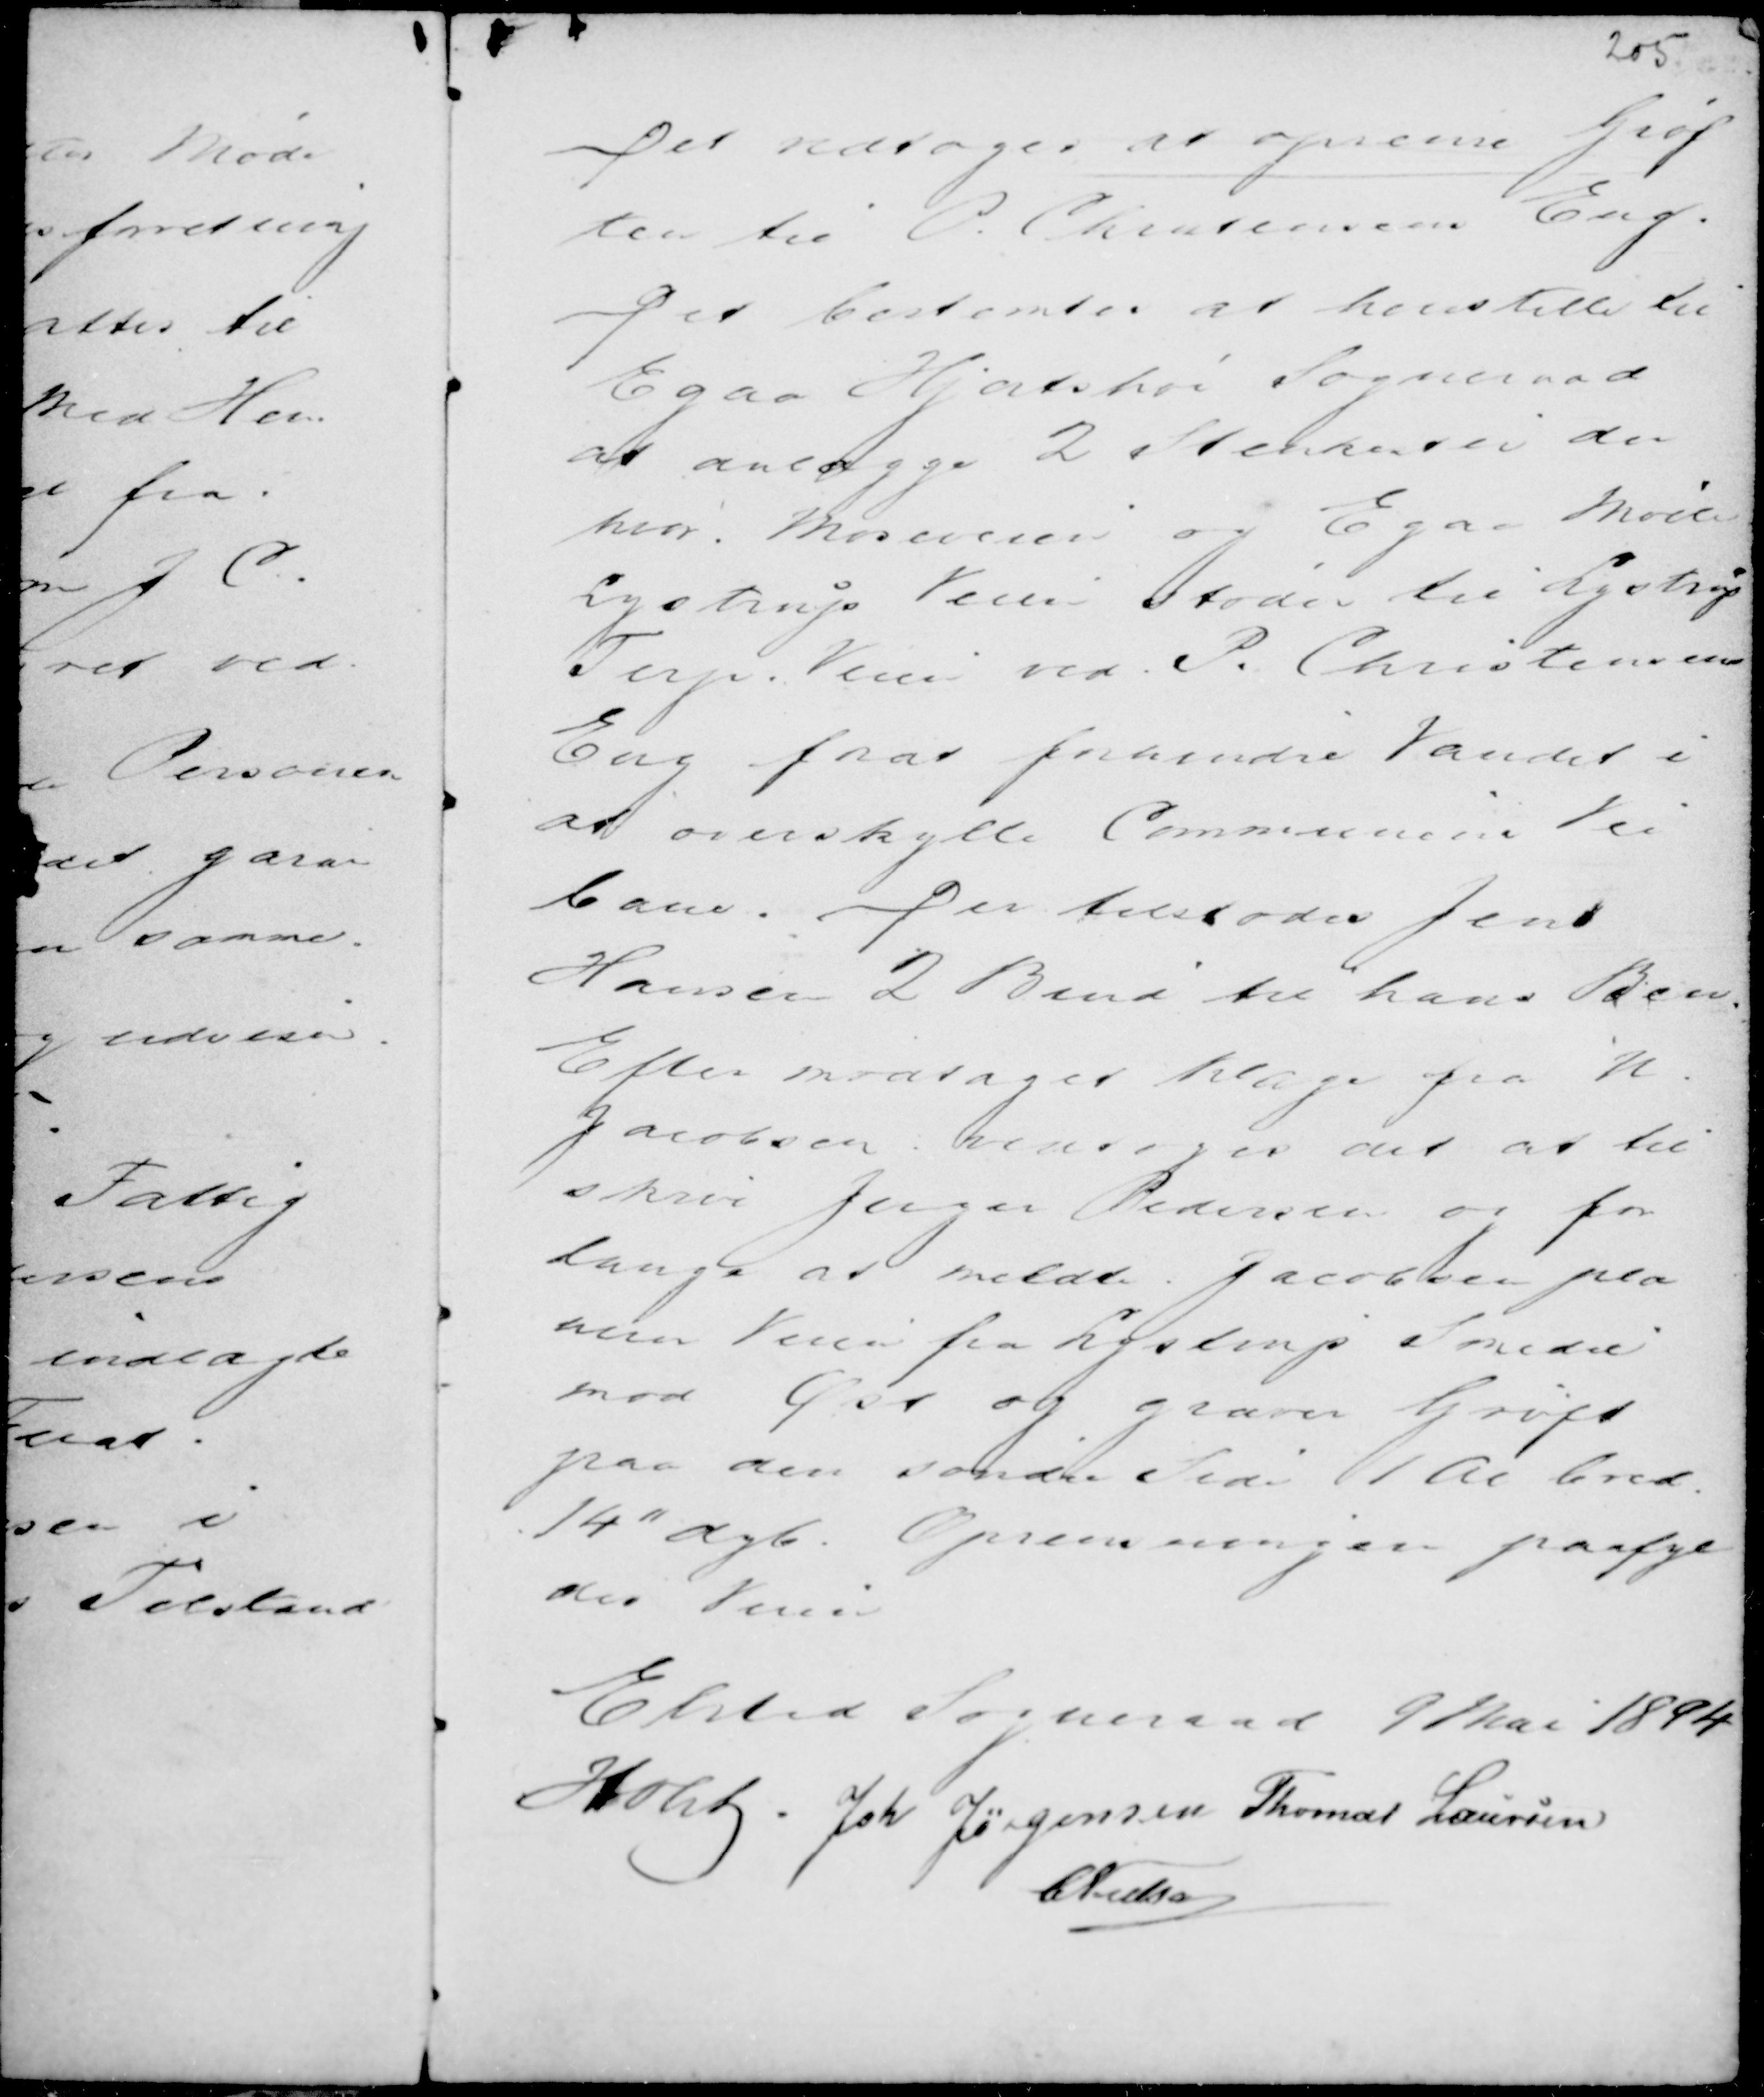
Transskription:
Det vedtoges at oprense Grøf
ten til P. Christensens Eng.
Det bestemtes at henstille til
Egaa Hjortshøi Sogneraad
at anlægge 2 Stenkanter der
hvor Moseveien og Egaa Mølle
Lystrup Veien støder til Lystrup
Terp Veien ved P. Christensens
Eng forat forhindre Vandet i
at overskylle Communens Vei
bane. Der tilstodes Jens
Hansen 2 Bind til hans Ben.
Efter modtaget klage fra N.
Jacobsen vedtages det at til
skriv Jesper Pedersen og for
lange at meldte Jacobsen pla
nerer Veien fra Lystrup Sonedre
mod Øst og graver Grøft
paa den Søndre Side 1 Al bred
14" dyb. Oprensningen paafyl
der Veien

Elsted Sogneraad 9 Mai 1894
Holst . Joh Jørgensen Thomas Laursen
C Nielsen